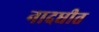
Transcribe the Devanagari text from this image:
नादधीत